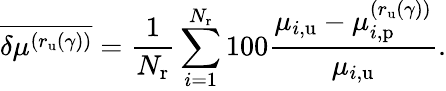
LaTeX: \overline{{\delta\mu^{(r_{\mathrm{u}}(\gamma))}}}=\frac{1}{N_{\mathrm{r}}}\sum_{i=1}^{N_{\mathrm{r}}}100\frac{\mu_{i,\mathrm{u}}-\mu_{i,\mathrm{p}}^{(r_{\mathrm{u}}(\gamma))}}{\mu_{i,\mathrm{u}}}.